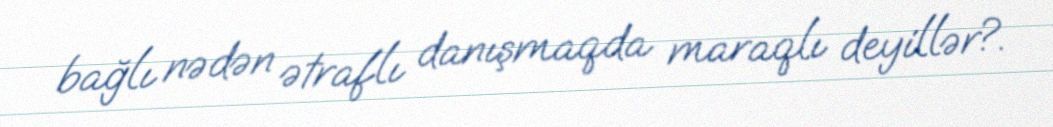
bağlı nədən ətraflı danışmaqda maraqlı deyillər?.